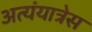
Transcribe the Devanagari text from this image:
अत्यंयात्रेस